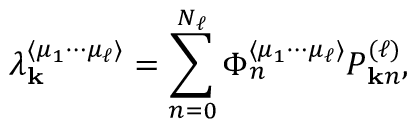
\lambda _ { \mathbf { k } } ^ { \langle \mu _ { 1 } \cdots \mu _ { \ell } \rangle } = \sum _ { n = 0 } ^ { N _ { \ell } } \Phi _ { n } ^ { \langle \mu _ { 1 } \cdots \mu _ { \ell } \rangle } P _ { \mathbf { k } n } ^ { ( \ell ) } ,